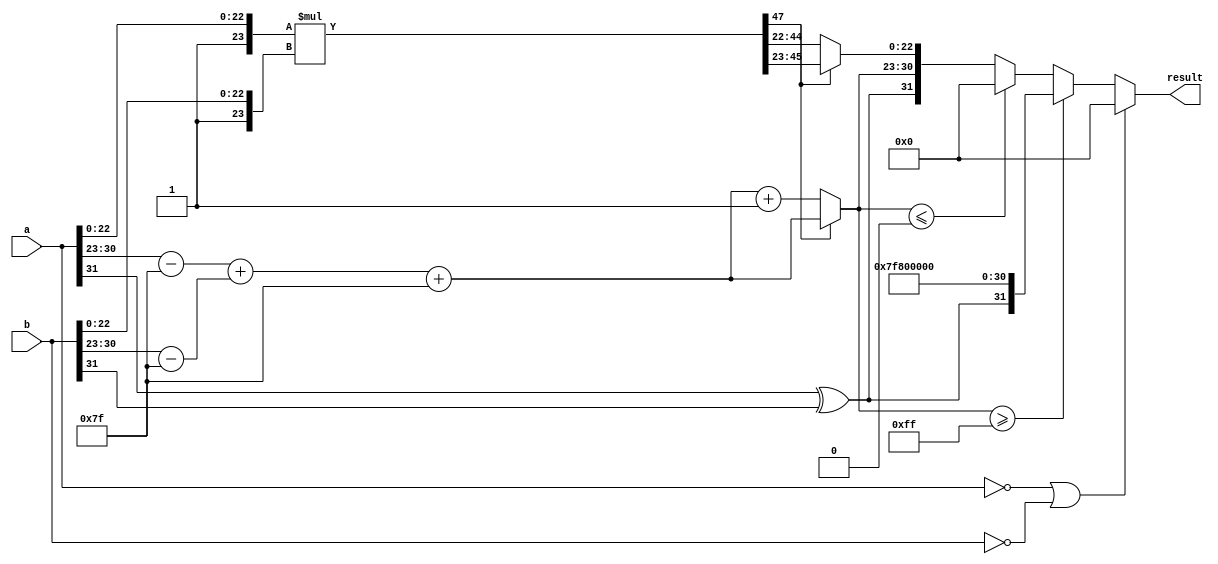
module fp_multiplier (
    input [31:0] a,  // First floating-point number
    input [31:0] b,  // Second floating-point number
    output reg [31:0] result // Resultant floating-point number
);

    // Internal signals for sign, exponent, and mantissa
    wire sign_a, sign_b, sign_result;
    wire [7:0] exp_a, exp_b, exp_result;
    wire [22:0] mant_a, mant_b;
    reg [47:0] mant_result; // 24-bit * 24-bit gives 48 bits
    reg [8:0] exp_adjusted; // To handle underflow/overflow
    reg [23:0] mant_result_normalized; // Normalized mantissa
    reg [7:0] exp_final; // Final exponent after normalization

    // Extract sign, exponent, and mantissa
    assign sign_a = a[31];
    assign sign_b = b[31];
    assign exp_a = a[30:23];
    assign exp_b = b[30:23];
    assign mant_a = a[22:0];
    assign mant_b = b[22:0];

    // Handle zero inputs
    always @(*) begin
        if (a == 32'b0 || b == 32'b0) begin
            result = 32'b0; // Output zero if either input is zero
        end else begin
            // Calculate sign of the result
            sign_result = sign_a ^ sign_b;

            // Adjust exponents (subtract bias 127)
            exp_adjusted = (exp_a - 8'd127) + (exp_b - 8'd127);
            exp_final = exp_adjusted + 8'd127; // Add bias back

            // Normalize mantissas
            mant_result = {1'b1, mant_a} * {1'b1, mant_b}; // Multiply with implicit leading 1

            // Check for normalization
            if (mant_result[47] == 1'b1) begin
                // Already normalized
                mant_result_normalized = mant_result[46:23]; // Keep top 23 bits
                exp_final = exp_final; // No adjustment needed
            end else begin
                // Shift right for normalization
                mant_result_normalized = mant_result[45:22]; // Shift mantissa right
                exp_final = exp_final + 1; // Increment exponent
            end

            // Handle overflow/underflow
            if (exp_final >= 8'd255) begin
                result = {sign_result, 8'd255, 23'b0}; // Set to infinity
            end else if (exp_final <= 8'd0) begin
                result = 32'b0; // Underflow to zero
            end else begin
                result = {sign_result, exp_final[7:0], mant_result_normalized[22:0]};
            end
        end
    end

endmodule